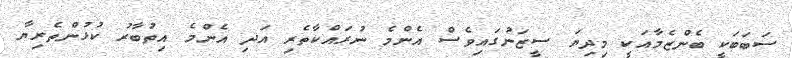
ސަބަބަކީ ބެންޒެމާއަކީ މިދިޔަ ސީޒަނުގައިވެސް އެންމެ ނުރައްކާތެރި އަދި އެންމެ އިތުބާރު ކުޅުންތެރިޔާ